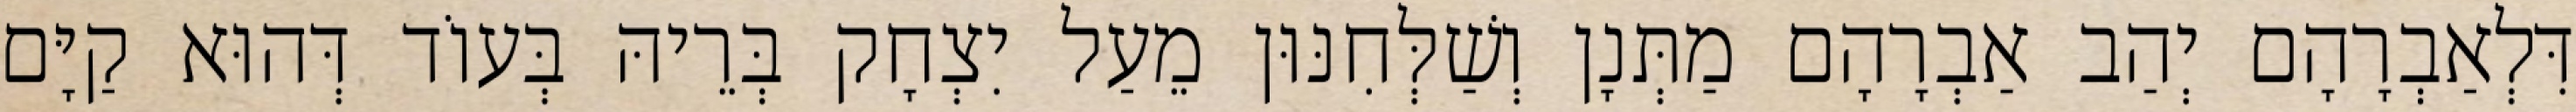
דִּלְאַבְרָהָם יְהַב אַבְרָהָם מַתְּנָן וְשַׁלְּחִנּוּן מֵעַל יִצְחָק בְּרֵיהּ בְּעוֹד דְּהוּא קַיָּם